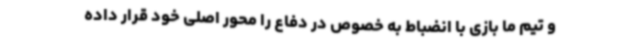
و تیم ما بازی با انضباط به خصوص در دفاع را محور اصلی خود قرار داده